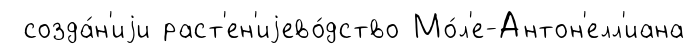
созда́н'иjи раст'ен'иjево́дство Мо́л'е-Антон'елл'иана